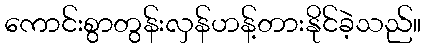
ကောင်းစွာတွန်းလှန်ဟန့်တားနိုင်ခဲ့သည်။